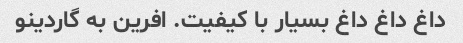
داغ داغ داغ بسیار با کیفیت. افرین به گاردینو